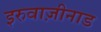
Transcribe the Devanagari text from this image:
इरुवाज़ीनाड